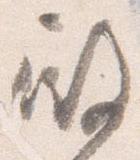
殿